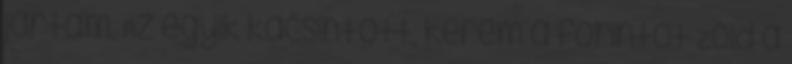
jártam, Az egyik kacsintott, kérem a forintot Zöld a